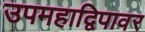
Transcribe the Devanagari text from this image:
उपमहाद्विपावर